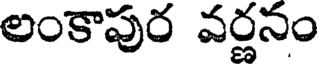
లంకాపుర వర్ణనం